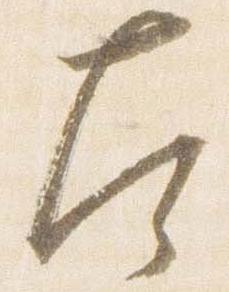
左